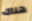
هناك